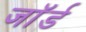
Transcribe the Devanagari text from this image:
जाॅर्ड